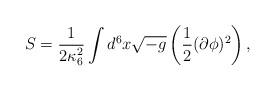
LaTeX: \begin{align*}S = \frac{1}{2 \kappa_{6}^{2}} \int d^6x \sqrt{-g} \left ( \frac{1}{2} (\partial \phi)^2 \right ), \end{align*}